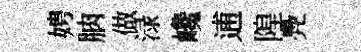
娉朒做渌巉逋隍鳧